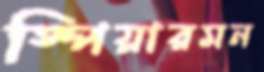
স্পিয়ারমন